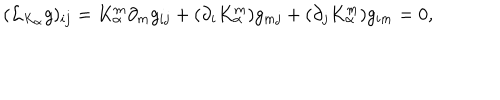
( { \mathcal L } _ { K _ { \alpha } } g ) _ { i j } = K _ { \alpha } ^ { m } \partial _ { m } g _ { i j } + ( \partial _ { i } K _ { \alpha } ^ { m } ) g _ { m j } + ( \partial _ { j } K _ { \alpha } ^ { m } ) g _ { i m } = 0 ,